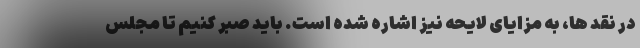
در نقد ها، به مزایای لایحه نیز اشاره شده است. باید صبر کنیم تا مجلس